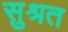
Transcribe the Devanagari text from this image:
सुश्रत